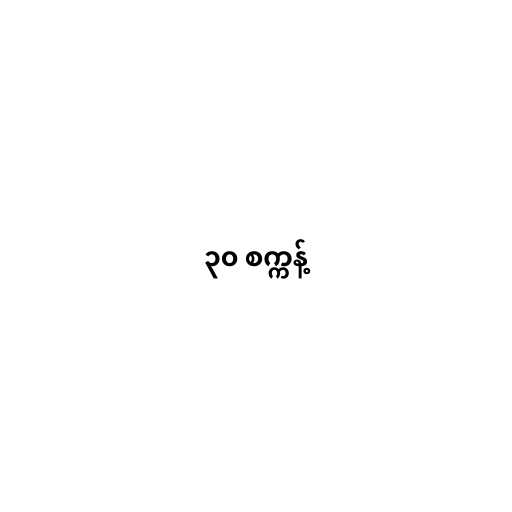
၃၀ စက္ကန့်